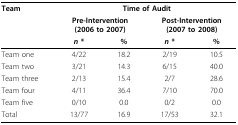
| Team | <COLSPAN=4> Time of Audit |
 |  | <COLSPAN=2> Pre-Intervention (2006 to 2007) | <COLSPAN=2> Post-Intervention (2007 to 2008) |
 |  | n * | % | n * | % |
 | --- | --- | --- | --- | --- |
 | Team one | 4/22 | 18.2 | 2/19 | 10.5 |
 | Team two | 3/21 | 14.3 | 6/15 | 40.0 |
 | Team three | 2/13 | 15.4 | 2/7 | 28.6 |
 | Team four | 4/11 | 36.4 | 7/10 | 70.0 |
 | Team five | 0/10 | 0.0 | 0/2 | 0.0 |
 | Total | 13/77 | 16.9 | 17/53 | 32.1 |